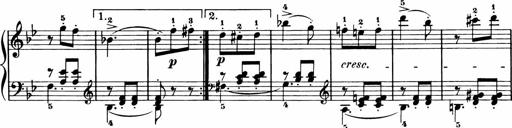
Title: 11 Sonatinas for Piano Solo
Composer: Anton Diabelli